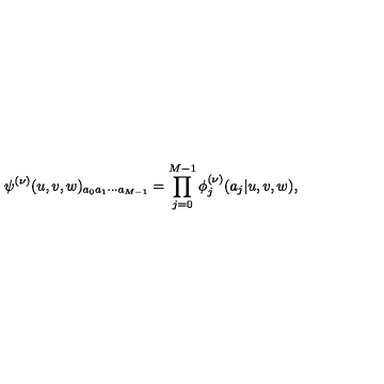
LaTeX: \psi ^ { ( \nu ) } ( u , v , w ) _ { a _ { 0 } a _ { 1 } \cdots a _ { M - 1 } } = \prod _ { j = 0 } ^ { M - 1 } \phi _ { j } ^ { ( \nu ) } ( a _ { j } | u , v , w ) ,